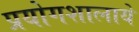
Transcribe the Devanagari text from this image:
प्रयोगशालाये